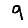
Digit: 9